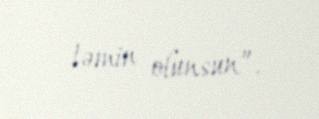
təmin olunsun”.